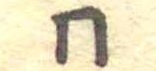
同